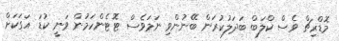
މޮޑްރިޗް ވެސް ކްލަބް ބަދަލުކުރަން ބޭނުންވި ނަމަވެސް ޓޮޓެންހަމުން ވަނީ ކުޑަ އަގަކަށް